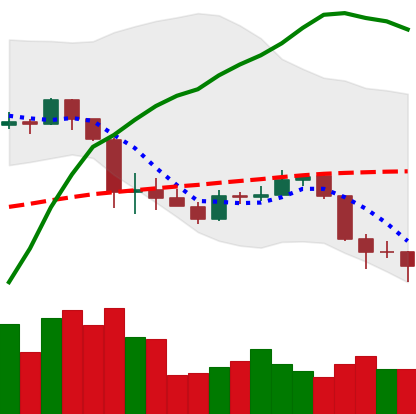
Ticker: ADA-USD
Chart end date: 2020-03-11
Forward return: -39.164%
Label: down_7plus